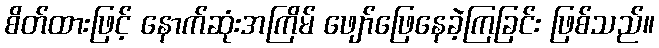
စိတ်ထားဖြင့် နောက်ဆုံးအကြိမ် ဖျော်ဖြေနေခဲ့ကြခြင်း ဖြစ်သည်။